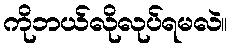
ကိုဘယ်လိုလုပ်ရမလဲ။